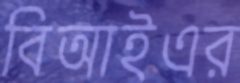
বিআইএর